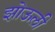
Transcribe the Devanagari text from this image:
झोऊली